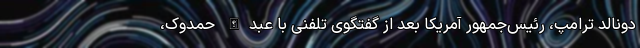
دونالد ترامپ، رئیس‌جمهور آمریکا بعد از گفتگوی تلفنی با عبدالله حمدوک،